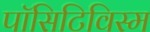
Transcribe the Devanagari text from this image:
पॉसिटिविस्म